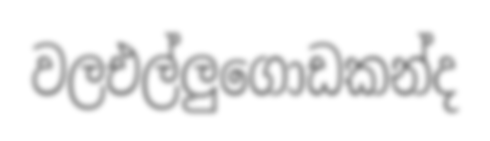
වලඑල්ලුගොඩකන්ද